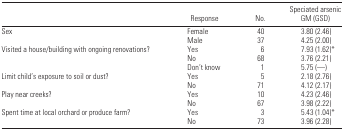
<table><thead><tr><td></td><td><b>Response</b></td><td><b>No.</b></td><td><b>Speciated arsenic GM (GSD)</b></td></tr></thead><tbody><tr><td>Sex</td><td>Female</td><td>40</td><td>3.80 (2.46)</td></tr><tr><td></td><td>Male</td><td>37</td><td>4.25 (2.00)</td></tr><tr><td>Visited a house/building with ongoing renovations?</td><td>Yes</td><td>6</td><td>7.93 (1.62)*</td></tr><tr><td></td><td>No</td><td>68</td><td>3.76 (2.21)</td></tr><tr><td></td><td>Don’t know</td><td>1</td><td>5.75 (—)</td></tr><tr><td>Limit child’s exposure to soil or dust?</td><td>Yes</td><td>5</td><td>2.18 (2.76)</td></tr><tr><td></td><td>No</td><td>71</td><td>4.12 (2.17)</td></tr><tr><td>Play near creeks?</td><td>Yes</td><td>10</td><td>4.23 (2.46)</td></tr><tr><td></td><td>No</td><td>67</td><td>3.98 (2.22)</td></tr><tr><td>Spent time at local orchard or produce farm?</td><td>Yes</td><td>3</td><td>5.43 (1.04)*</td></tr><tr><td></td><td>No</td><td>73</td><td>3.96 (2.28)</td></tr></tbody></table>